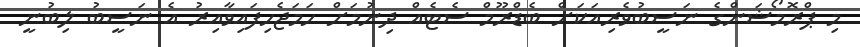
މި ޕްރޮމޯޝަންގެ ނަސީބުވެރިއަކަށް ބެޑްރޫމް ސެޓެއް ދިނުމަށް ހަމަޖެހިފައިވާއިރު އެ ނަސީބު ލިބުނީ